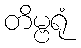
တိမ္ဗရုံ